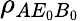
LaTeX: {{\rho}_{A{{E}_{0}}{{B}_{0}}}}